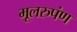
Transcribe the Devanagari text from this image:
मूलरुपंण